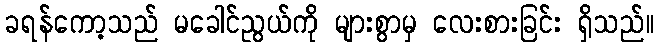
ခရန်ကော့သည် မခေါင်ညွယ်ကို များစွာမှ လေးစားခြင်း ရှိသည်။